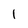
Character: I